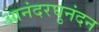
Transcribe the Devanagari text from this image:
आनंदरघुनंदन